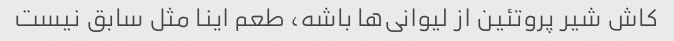
کاش شیر پروتئین از لیوانی‌ها باشه، طعم اینا مثل سابق نیست